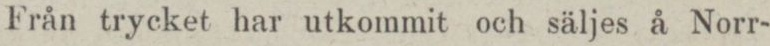
Från trycket har utkommit och säljes å Norr-